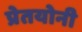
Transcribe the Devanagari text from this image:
प्रेतयोनी